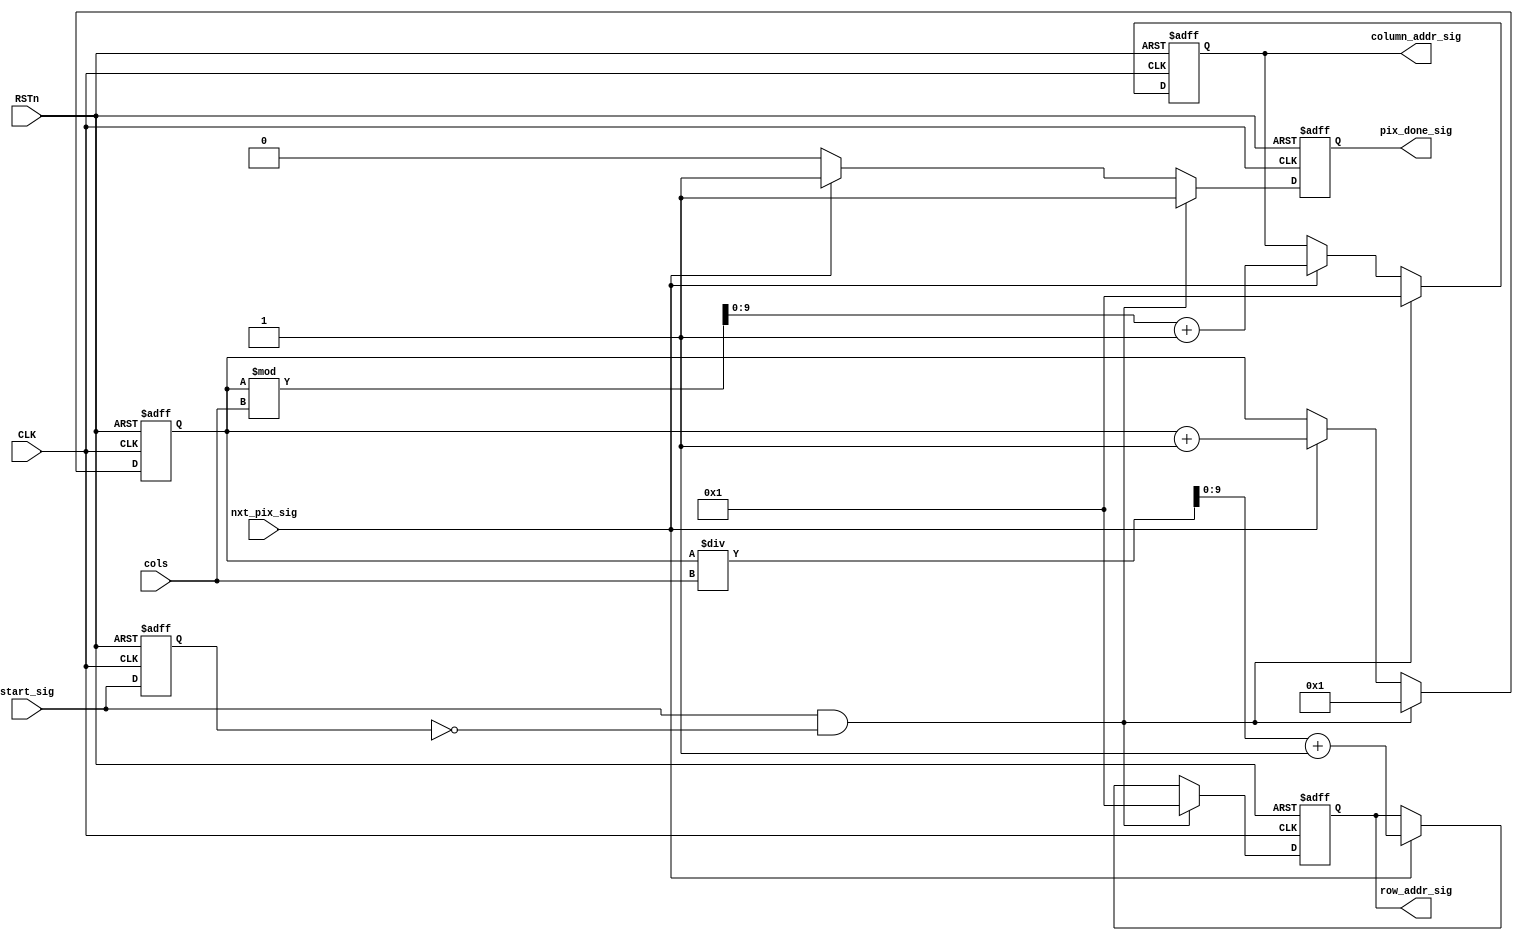
`timescale 1ns / 1ps
//////////////////////////////////////////////////////////////////////////////////
// Company: 
// Engineer: 
// 
// Design Name: 
// Module Name:    counter_ctrl 
// Project Name: 
// Target Devices: 
// Tool versions: 
// Description: 
//
// Dependencies: 
//
// Revision: 
// Revision 0.01 - File Created
// Additional Comments: 
//
//////////////////////////////////////////////////////////////////////////////////
module counter_ctrl(
  CLK,
  RSTn,
  start_sig,  //input-from top
  nxt_pix_sig,     //input-from --start next center point pixel
  cols,                          
  column_addr_sig,  //output
  row_addr_sig,     //output-to 
  pix_done_sig   //output-to
    );
     
  input CLK;
  input RSTn;
  input start_sig;
  input nxt_pix_sig;
  input [9:0] cols;
  
  output pix_done_sig;  
  output [9:0] column_addr_sig;    
  output [9:0] row_addr_sig;   
  
 /***********************************************************************************************/
  
  reg isCtrlDone;
  //reg isWinStart;
  reg [17:0] imk;   //The k-th pixel of the image
  reg [9:0] row_addr;  // The row of the centeral pixel
  reg [9:0] column_addr;   // The column of the centeral pixel
  
  reg start_sig_d;
  
  wire start_sig_rising_vld;
  
   always @ (posedge CLK or negedge RSTn)   //Asynchronous reset  
    if (!RSTn)
        start_sig_d <= 0;
     else 
        start_sig_d <= start_sig;
  
  assign start_sig_rising_vld = start_sig & (~start_sig_d);
  
  always @ (posedge CLK or negedge RSTn)   //Asynchronous reset
    if (!RSTn)
       begin  
        imk <= 18'b0; 
        column_addr <= 10'b0; 
        row_addr <= 10'b0;
        isCtrlDone <= 1'b0;    
        end
     else if (start_sig_rising_vld)
       begin  
        imk <= 18'b1; 
        column_addr <= 10'b1; 
        row_addr <= 10'b1;
        isCtrlDone <= 1'b1;    
        end    
     else if ( nxt_pix_sig )
       begin  
          imk <= imk + 1'b1;
          row_addr <= imk / cols + 1;   
          column_addr <= imk % cols + 1;   
        isCtrlDone <= 1'b1; 
        end
     else isCtrlDone <= 1'b0;    
          
/*****************************************************************************************/
  
  assign row_addr_sig = row_addr;
  assign column_addr_sig = column_addr;
  assign pix_done_sig = isCtrlDone;
  
/*****************************************************************************************/
endmodule